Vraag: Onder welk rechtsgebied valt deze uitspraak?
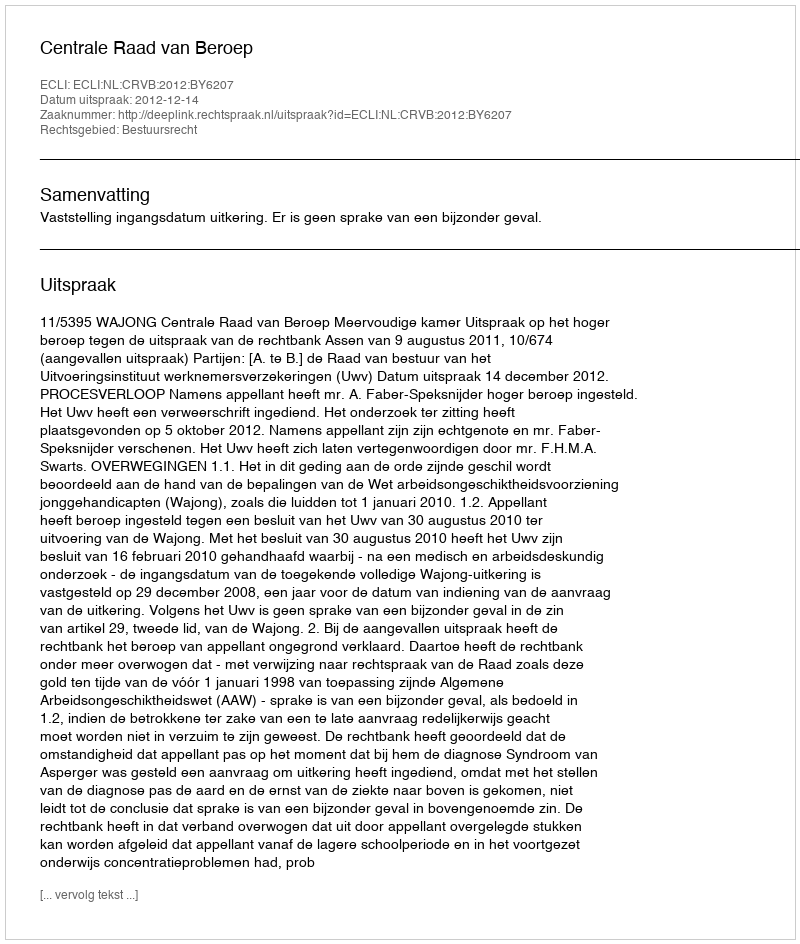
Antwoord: Bestuursrecht